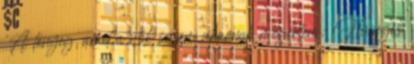
'A lényeg, amit a nők sosem akarnak megérteni: Hűséges